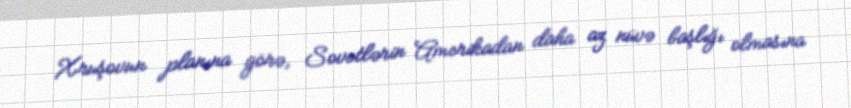
Xruşovun planına görə, Sovetlərin Amerikadan daha az nüvə başlığı olmasına